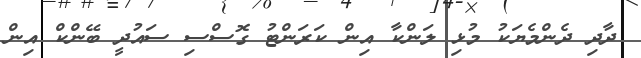
ދާދި ދެންމެޔަކު މުޅި ލަންކާ އިން ކަރަންޓު ގޮސްސި ސައުދީ ބޭންކް އިން